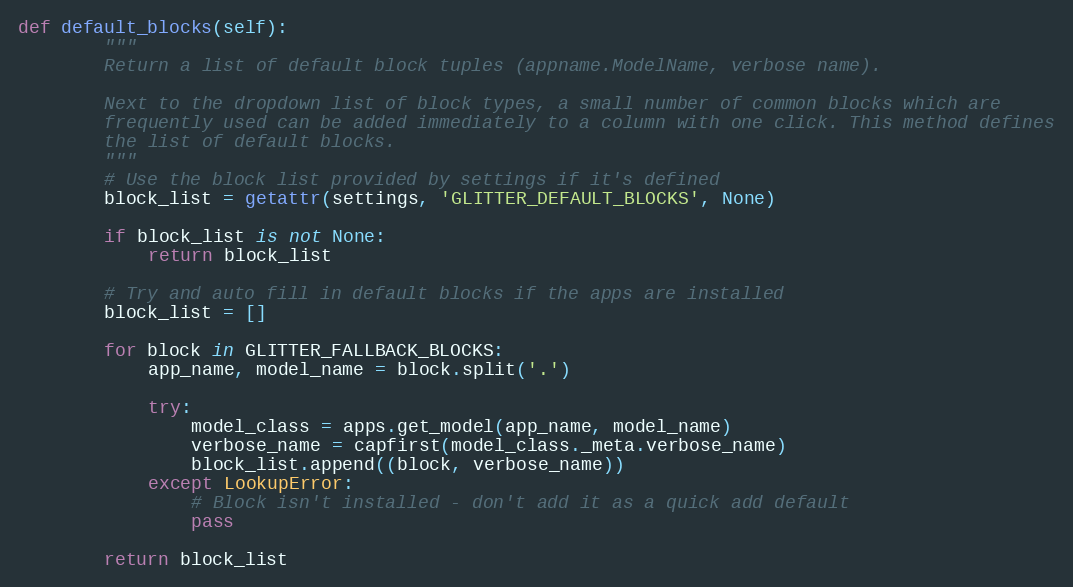
Language: Python
def default_blocks(self):
        """
        Return a list of default block tuples (appname.ModelName, verbose name).

        Next to the dropdown list of block types, a small number of common blocks which are
        frequently used can be added immediately to a column with one click. This method defines
        the list of default blocks.
        """
        # Use the block list provided by settings if it's defined
        block_list = getattr(settings, 'GLITTER_DEFAULT_BLOCKS', None)

        if block_list is not None:
            return block_list

        # Try and auto fill in default blocks if the apps are installed
        block_list = []

        for block in GLITTER_FALLBACK_BLOCKS:
            app_name, model_name = block.split('.')

            try:
                model_class = apps.get_model(app_name, model_name)
                verbose_name = capfirst(model_class._meta.verbose_name)
                block_list.append((block, verbose_name))
            except LookupError:
                # Block isn't installed - don't add it as a quick add default
                pass

        return block_list